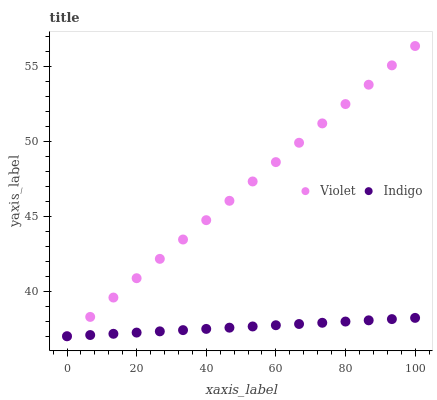
| xaxis_label | Violet | Indigo |
 | --- | --- | --- |
 | 0 | 37 | 37 |
 | 6.67 | 38.3 | 37.1 |
 | 13.3 | 39.6 | 37.2 |
 | 20 | 40.9 | 37.2 |
 | 26.7 | 42.2 | 37.3 |
 | 33.3 | 43.4 | 37.4 |
 | 40 | 44.7 | 37.5 |
 | 46.7 | 46 | 37.6 |
 | 53.3 | 47.3 | 37.7 |
 | 60 | 48.6 | 37.7 |
 | 66.7 | 49.9 | 37.8 |
 | 73.3 | 51.2 | 37.9 |
 | 80 | 52.5 | 38 |
 | 86.7 | 53.8 | 38.1 |
 | 93.3 | 55 | 38.1 |
 | 100 | 56.3 | 38.2 |